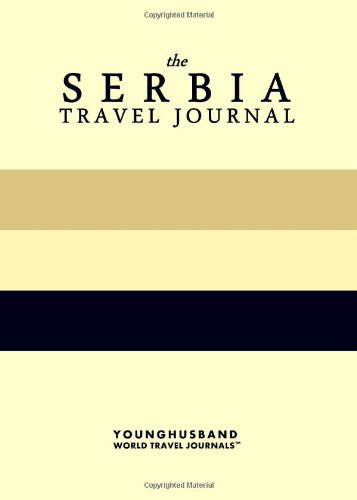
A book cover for The Serbia Travel Journal; Younghusband World Travel Journals; Travel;